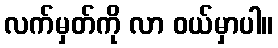
လက်မှတ်ကို လာ ဝယ်မှာပါ။